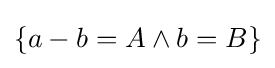
\{a-b=A\wedge b=B\}